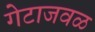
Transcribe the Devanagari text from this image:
गेटाजवळ